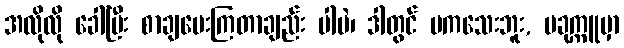
အလိုလို ခေါ်ပြီး စာချပေးကြတာချည်း ပါပဲ၊ ဒါတွင် မကသေးဘူး, ပခုက္ကူမှာ